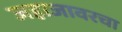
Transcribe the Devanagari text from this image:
जहाजावरचा